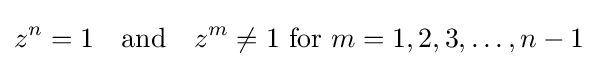
z^{n}=1\quad {\text{and}}\quad z^{m}\neq 1{\text{ for }}m=1,2,3,\ldots ,n-1